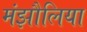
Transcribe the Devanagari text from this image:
मंझौलिया